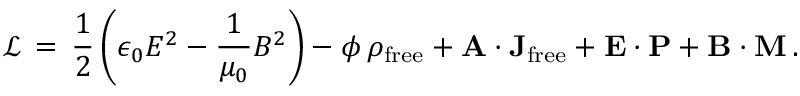
{ \mathcal { L } } \, = \, { \frac { 1 } { 2 } } \left( \epsilon _ { 0 } E ^ { 2 } - { \frac { 1 } { \mu _ { 0 } } } B ^ { 2 } \right) - \phi \, \rho _ { \mathrm { f r e e } } + \mathbf { A } \cdot \mathbf { J } _ { \mathrm { f r e e } } + \mathbf { E } \cdot \mathbf { P } + \mathbf { B } \cdot \mathbf { M } \, .